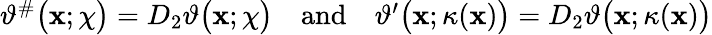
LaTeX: \begin{array}{r}{\vartheta^{\# }\big(\mathbf{x};\chi\big)=D_{2}\vartheta\big(\mathbf{x};\chi\big)\quad\mathrm{and}\quad\vartheta^{\prime}\big(\mathbf{x};\kappa(\mathbf{x})\big)=D_{2}\vartheta\big(\mathbf{x};\kappa(\mathbf{x})\big)}\end{array}